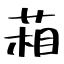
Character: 葙